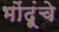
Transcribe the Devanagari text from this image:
भोंदूंचे